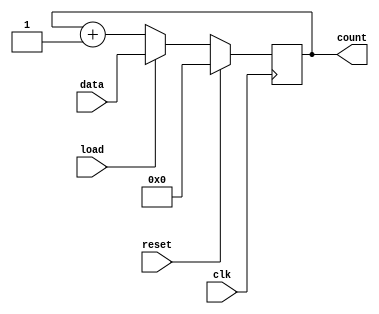
`timescale 1ns / 1ps
//////////////////////////////////////////////////////////////////////////////////
// Company: 
// Engineer: 
// 
// Design Name: 
// Module Name: counterB
// Project Name: 
// Target Devices: 
// Tool Versions: 
// Description: 
// 
// Dependencies: 
// 
// Revision:
// Revision 0.01 - File Created
// Additional Comments:
// 
//////////////////////////////////////////////////////////////////////////////////


module counterB(clk,reset,load,data,count);
  //define input and ouput ports
  input clk,reset,load;
  input [3:0] data;
  output reg [3:0] count;
  //always block will be executed at each and every positive edge of the clock
  always@(posedge clk) 
  begin
    if(reset)    //Set Counter to Zero
      count <= 0;
    else if(load)    //load the counter with data value
      count <= data;
    else       //count up
      count <= count + 1;
  end
endmodule